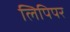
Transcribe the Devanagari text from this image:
लिपिपर